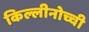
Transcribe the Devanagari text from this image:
किल्लीनोच्ची